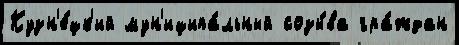
Кузн'е́цк'ий мун'иципа́льный созы́ва гра́ждан